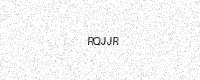
Text: RQJJR